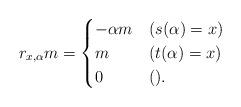
LaTeX: \begin{align*}r_{x,\alpha}m & = \begin{cases}-\alpha m & (s(\alpha) = x)\\m & (t(\alpha) = x)\\0 & ().\end{cases}\end{align*}